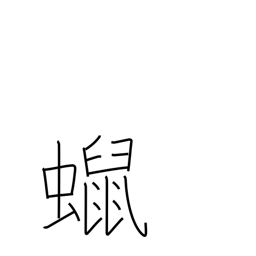
Meaning: candle